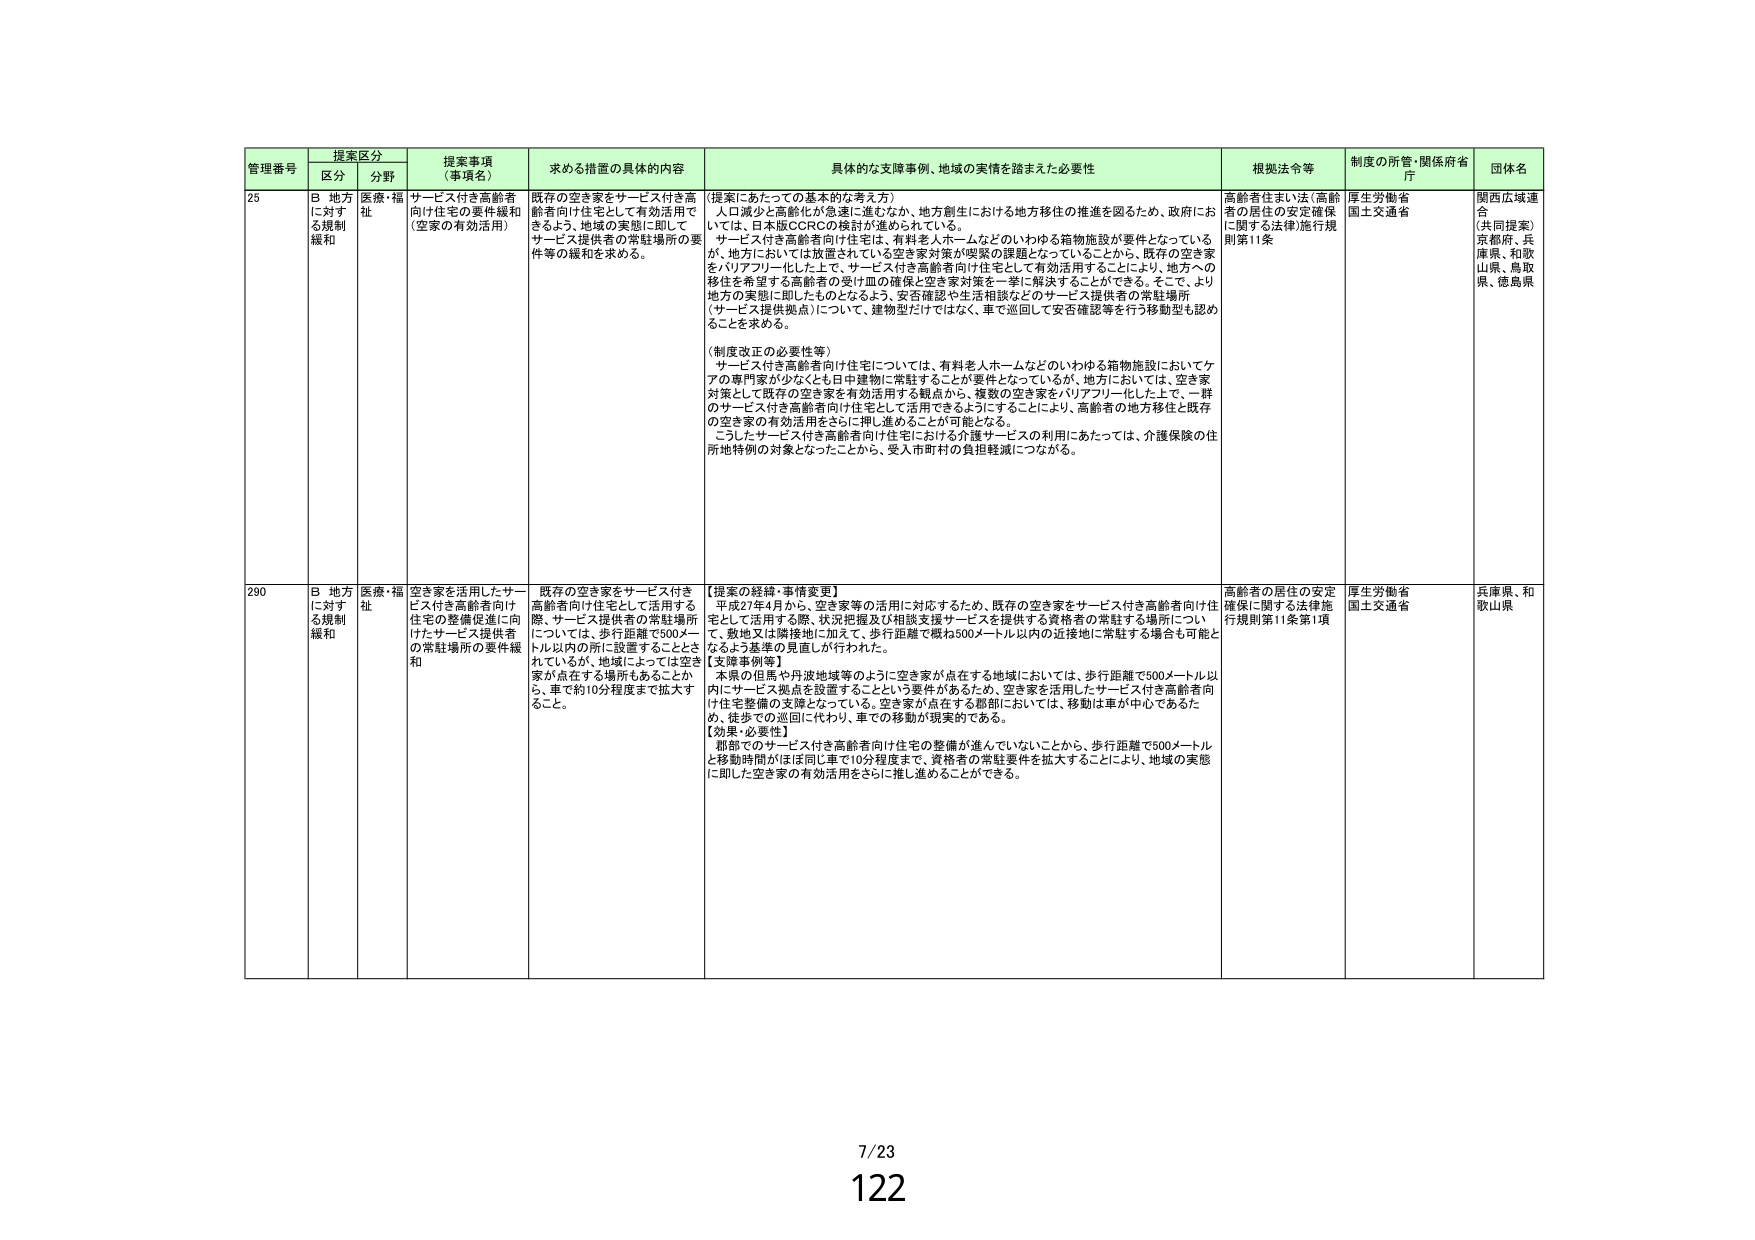
管理番号 提案区分 提案事項（事項名） 求める措置の具体的内容 具体的な支援事例、地域の実情を踏まえた必要性 根拠法令等 制度の所管・関係府省庁 団体名
区分 分野
25 B 地方に対する規制緩和 医療・福祉 サービス付き高齢者向け住宅の要件緩和（空家の有効活用） 既存の空き家をサービス付き高齢者向け住宅として有効活用できるよう、地域の実態に即してサービス提供者の常駐場所の要件等の緩和を求める。 （提案にあたっての基本的な考え方） 人口減少と高齢化が急速に進むなか、地方創生における地方移住の推進を図るため、政府においては、日本版CCRCの検討が進められている。 サービス付き高齢者向け住宅は、有料老人ホームなどのいわゆる箱物施設が要件となっているが、地方においては放置されている空き家対策が喫緊の課題となっていることから、既存の空き家をバリアフリー化した上で、サービス付き高齢者向け住宅として有効活用することにより、地方への移住を希望する高齢者の受け皿の確保と空き家対策を一挙に解決することができる。そこで、より地方の実態に即したものとなるよう、安否確認や生活相談などのサービス提供者の常駐場所（サービス提供拠点）について、建物型だけではなく、車で巡回して安否確認等を行う移動型も認めることを求める。 （制度改正の必要性等） サービス付き高齢者向け住宅については、有料老人ホームなどのいわゆる箱物施設においてケアの専門家が少なくとも日中建物に常駐することが要件となっているが、地方においては、空き家対策として既存の空き家を有効活用する観点から、複数の空き家をバリアフリー化した上で、一軒のサービス付き高齢者向け住宅として活用できるようにすることにより、高齢者の地方移住と既存の空き家の有効活用をさらに押し進めることができる。 こうしたサービス付き高齢者向け住宅における介護サービスの利用にあたっては、介護保険の住所地特例の対象となったことから、受入市町村の負担軽減につながる。 高齢者住まい法（高齢者の居住の安定確保に関する法律）施行規則第11条 厚生労働省 国土交通省 関西広域連合 （共同提案） 京都府、兵庫県、和歌山県、鳥取県、徳島県
290 B 地方に対する規制緩和 医療・福祉 空き家を活用したサービス付き高齢者向け住宅の整備促進に向けたサービス提供者の常駐場所の要件緩和 既存の空き家をサービス付き高齢者向け住宅として活用する際、サービス提供者の常駐場所については、歩行距離で500メートル以内の所に設置することとされているが、地域によっては空き家が点在する場所もあることから、車で約10分程度まで拡大すること。 【提案の経緯・事情変更】 平成27年4月から、空き家等の活用に対応するため、既存の空き家をサービス付き高齢者向け住宅として活用する際、状況把握及び相談支援サービスを提供する資格者の常駐する場所について、敷地又は隣接地に加えて、歩行距離で概ね500メートル以内の近接地に常駐する場合も可能となるよう基準の見直しが行われた。 【支援事例等】 本県の但馬や丹波地域等のように空き家が点在する地域においては、歩行距離で500メートル以内にサービス拠点を設置することという要件があるため、空き家を活用したサービス付き高齢者向け住宅整備の支障となっている。空き家が点在する郡部においては、移動は車が中心であるため、徒歩での巡回に代わり、車での移動が現実的である。 【効果・必要性】 関西でのサービス付き高齢者向け住宅の整備が進んでいないことから、歩行距離で500メートルと移動時間がほぼ同じ車で10分程度まで、資格者の常駐要件を拡大することにより、地域の実態に即した空き家の有効活用をさらに推し進めることができる。 高齢者の居住の安定確保に関する法律施行規則第11条第1項 厚生労働省 国土交通省 兵庫県、和歌山県
7/23
122